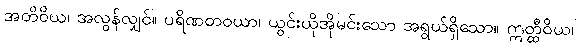
အတိဝိယ၊ အလွန်လျှင်။ ပရိဏတဝယာ၊ ယွင်းယိုအိုမင်းသော အရွယ်ရှိသော။ ဣတ္ထီဝိယ၊